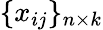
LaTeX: \{ x_{ij}\} _{n\times k}